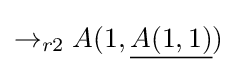
\rightarrow _{r2}A(1,{\underline {A(1,1)}})